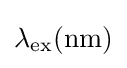
\lambda _{\mathrm {ex} }(\mathrm {nm} )